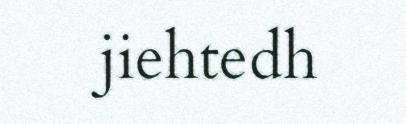
jiehtedh